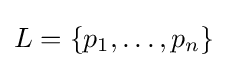
L=\{p_{1},\ldots ,p_{n}\}